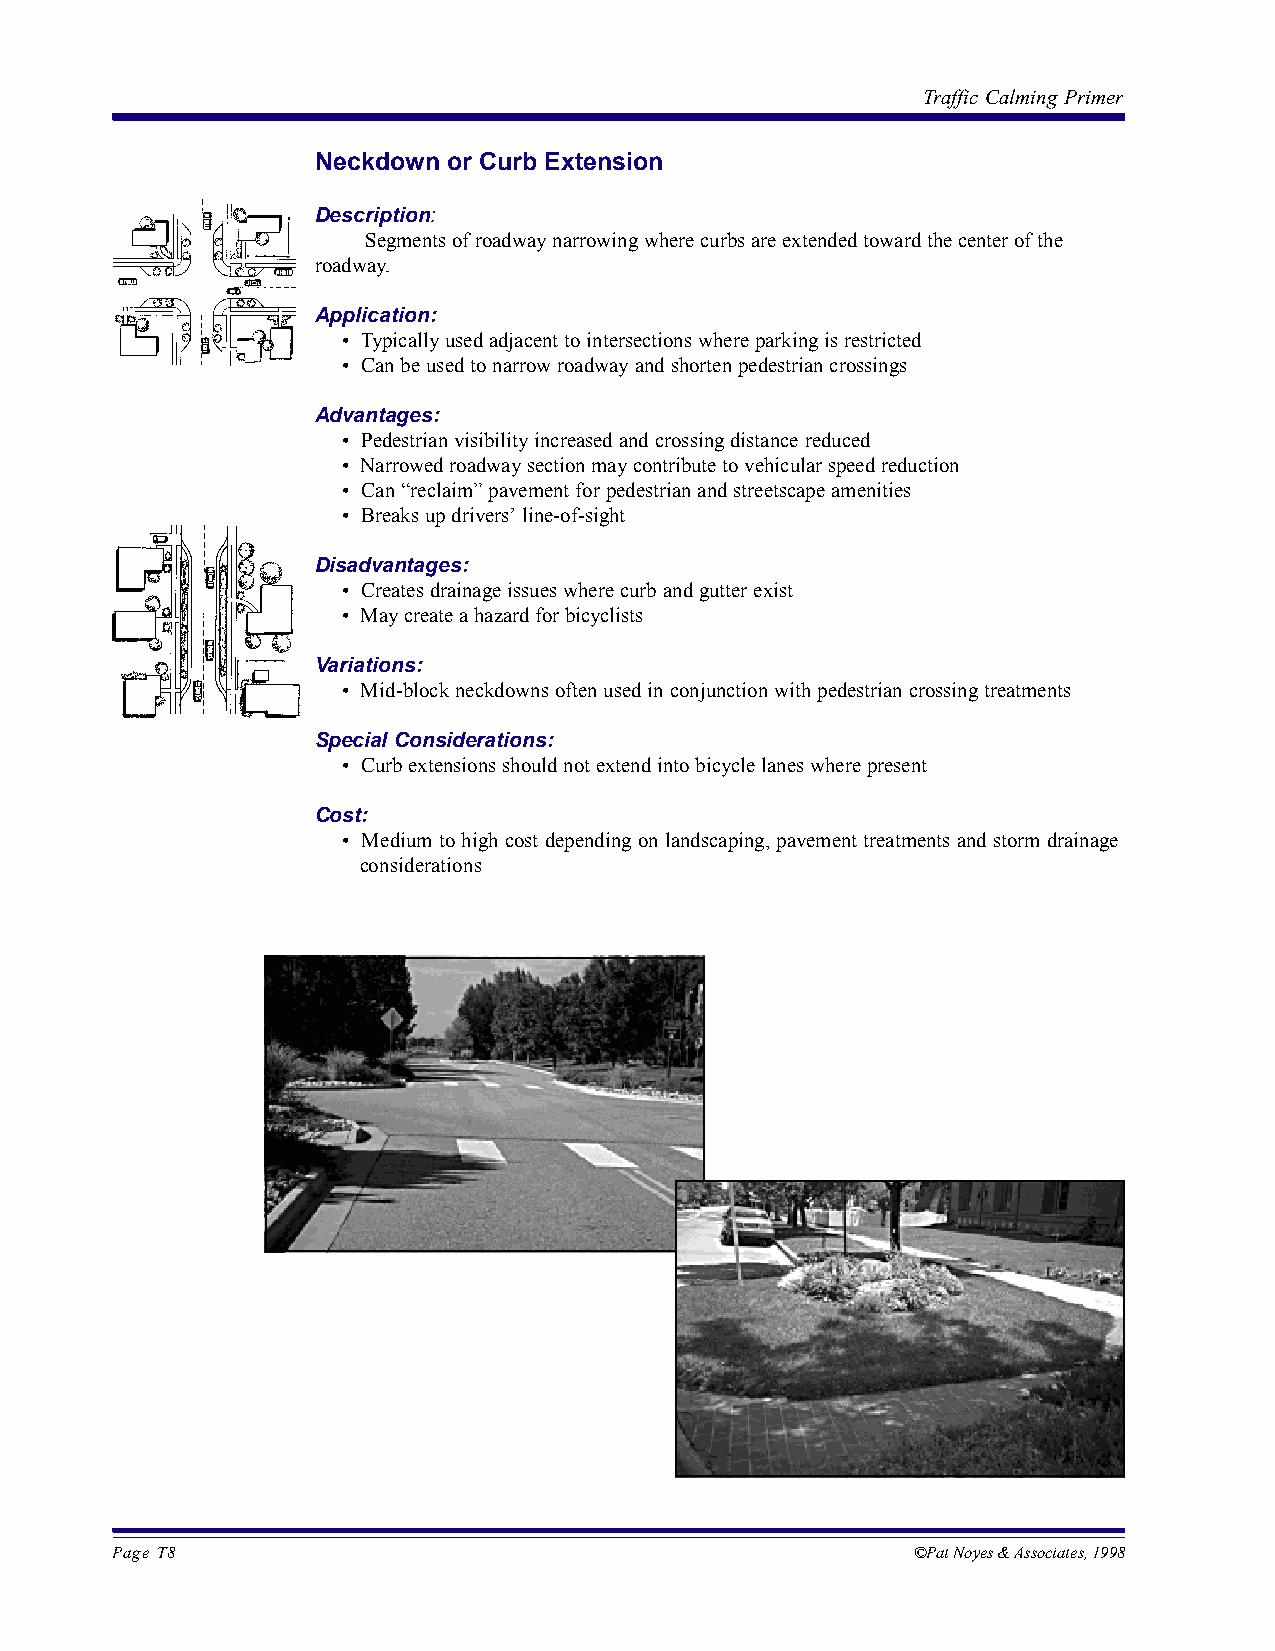
Traffic Calming Primer
 Neckdown or Curb Extension
 Description:
 Segments of roadway narrowing where curbs are extended toward the center of the
 roadway.
 Application:
 • Typically used adjacent to intersections where parking is restricted
 • Can be used to narrow roadway and shorten pedestrian crossings
 Advantages:
 • Pedestrian visibility increased and crossing distance reduced
 • Narrowed roadway section may contribute to vehicular speed reduction
 • Can “reclaim” pavement for pedestrian and streetscape amenities
 • Breaks up drivers’ line-of-sight
 Disadvantages:
 • Creates drainage issues where curb and gutter exist
 • May create a hazard for bicyclists
 Variations:
 • Mid-block neckdowns often used in conjunction with pedestrian crossing treatments
 Special Considerations:
 • Curb extensions should not extend into bicycle lanes where present
 Cost:
 • Medium to high cost depending on landscaping, pavement treatments and storm drainage
 considerations
 Page T8                                               ©Pat Noyes & Associates, 1998